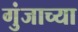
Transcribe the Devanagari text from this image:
गुंजाच्या